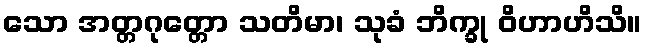
သော အတ္တဂုတ္တော သတိမာ၊ သုခံ ဘိက္ခု ဝိဟာဟိသိ။